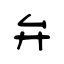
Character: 弁